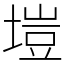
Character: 塏